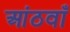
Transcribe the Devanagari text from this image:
आंठवाँ